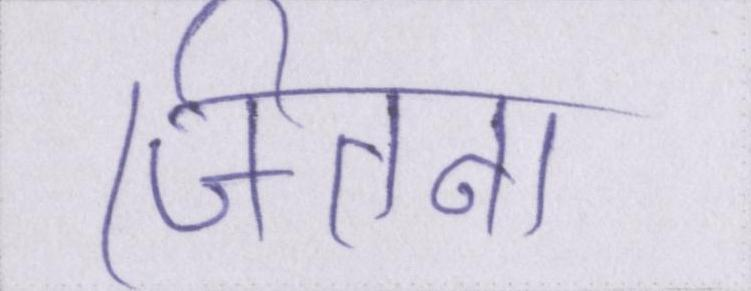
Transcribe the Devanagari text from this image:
जितना